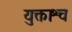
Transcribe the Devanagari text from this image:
युक्ताश्च